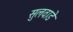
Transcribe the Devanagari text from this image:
सुलवाडे